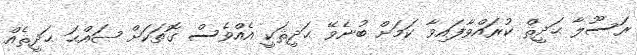
ރަސޫލާ ޙަދީޘް ކުރައްވާފައިވާ ކަމަށް ބުނެވޭ ޙަދީޘަކީ އެއްވެސް ގޮތަކަށް ޞައްޙަ ޙަދީޘެއް